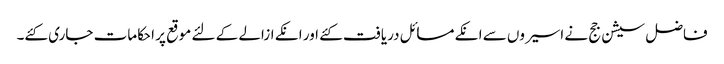
فاضل سیشن جج نے اسیروں سے انکے مسائل دریافت کئے اور انکے ازالے کے لئے موقع پر احکامات جاری کئے۔